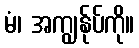
မံ၊ အကျွန်ုပ်ကို။